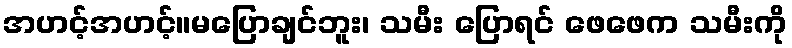
အဟင့်အဟင့်။မပြောချင်ဘူး၊ သမီး ပြောရင် ဖေဖေက သမီးကို